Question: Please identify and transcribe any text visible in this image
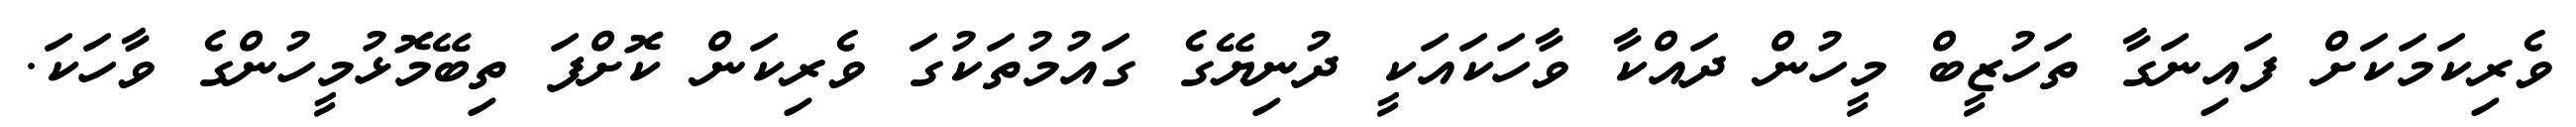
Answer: ވެރިކަމަކަށް ފައިނަގާ ތަހުޒީބް މީހުން ދައްކާ ވާހަކައަކީ ދުނިޔޭގެ ގައުމުތަކުގަ ވެރިކަން ކޮށްފަ ތިބޭމޮޅުމީހުންގެ ވާހަކަ.